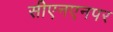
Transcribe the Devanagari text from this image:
सीएनएनपर